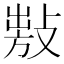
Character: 𢾍